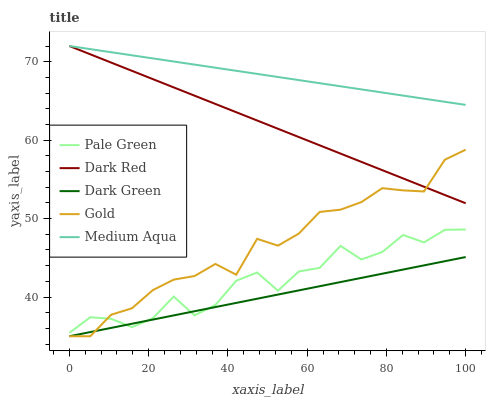
| xaxis_label | Pale Green | Dark Red | Dark Green | Gold | Medium Aqua |
 | --- | --- | --- | --- | --- | --- |
 | 0 | 35.4 | 72 | 35 | 35 | 72 |
 | 5.26 | 37.4 | 70.9 | 35.5 | 35 | 71.6 |
 | 10.5 | 37.2 | 69.9 | 36.1 | 37.7 | 71.2 |
 | 15.8 | 36.2 | 68.8 | 36.6 | 38.6 | 70.8 |
 | 21.1 | 37.3 | 67.8 | 37.1 | 40.9 | 70.4 |
 | 26.3 | 40.1 | 66.7 | 37.7 | 42.2 | 70 |
 | 31.6 | 37.7 | 65.7 | 38.2 | 42.7 | 69.6 |
 | 36.8 | 39 | 64.6 | 38.7 | 44.2 | 69.2 |
 | 42.1 | 42.1 | 63.6 | 39.3 | 42.8 | 68.8 |
 | 47.4 | 43.1 | 62.5 | 39.8 | 47.4 | 68.4 |
 | 52.6 | 40.8 | 61.4 | 40.3 | 46.5 | 68 |
 | 57.9 | 43.3 | 60.4 | 40.8 | 48.1 | 67.7 |
 | 63.2 | 43.7 | 59.3 | 41.4 | 50.8 | 67.3 |
 | 68.4 | 46.5 | 58.3 | 41.9 | 51.1 | 66.9 |
 | 73.7 | 44.8 | 57.2 | 42.4 | 52.1 | 66.5 |
 | 78.9 | 45.7 | 56.2 | 43 | 53.9 | 66.1 |
 | 84.2 | 47.9 | 55.1 | 43.5 | 53.6 | 65.7 |
 | 89.5 | 47 | 54.1 | 44 | 53.5 | 65.3 |
 | 94.7 | 48.6 | 53 | 44.6 | 57.5 | 64.9 |
 | 100 | 48.6 | 52 | 45.1 | 58.8 | 64.5 |